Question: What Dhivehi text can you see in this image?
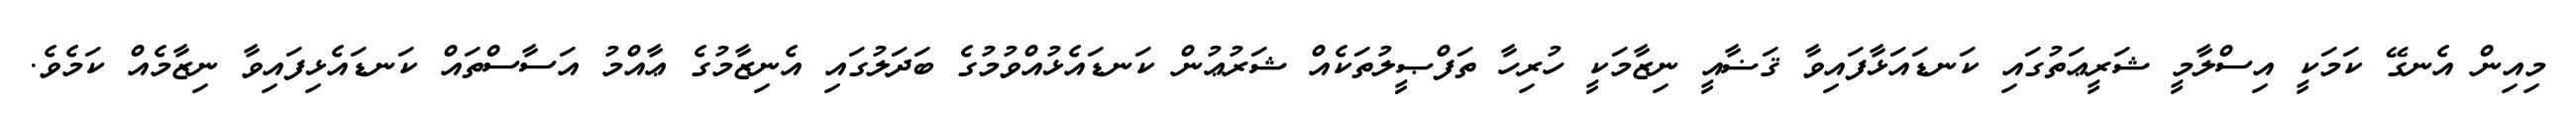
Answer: މިއިން އެނގޭ ކަމަކީ އިސްލާމީ ޝަރީޢަތުގައި ކަނޑައަޅާފައިވާ ޤަޟާއީ ނިޒާމަކީ ހުރިހާ ތަފްޞީލުތަކެއް ޝަރުޢުން ކަނޑައެޅުއްވުމުގެ ބަދަލުގައި އެނިޒާމުގެ ޢާއްމު އަސާސްތައް ކަނޑައެޅިފައިވާ ނިޒާމެއް ކަމެވެ.